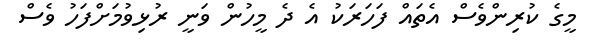
މީގެ ކުރިންވެސް އެތައް ފަހަރަކު އެ ދެ މީހުން ވަނީ ރުޅިވުމަށްފަހު ވެސް